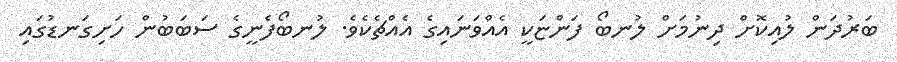
ބަރުދަން ލުއިކޮށް ދިނުމަށް ލުނބޯ ފަންޏަކީ އެއްވަނައިގެ އެއްޗެކެވެ. ލުނބޯފެނީގެ ސަބަބުން ހަށިގަނޑުގައި